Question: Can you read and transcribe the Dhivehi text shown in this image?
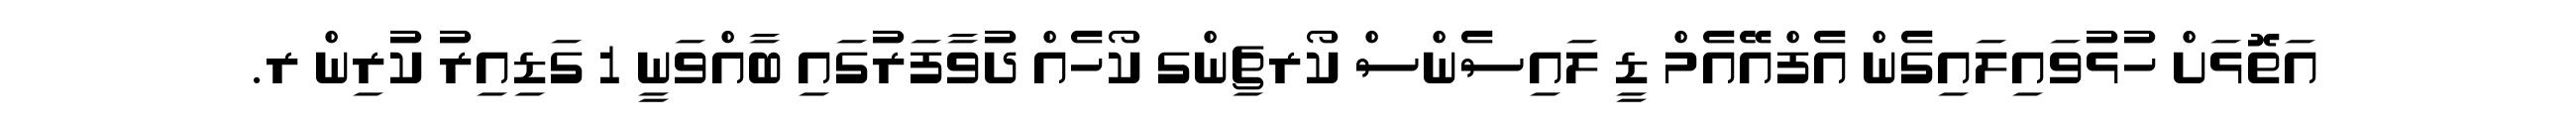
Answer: އަތޮޅަށް ހުޅުވައިލައިގެން އެފްއޭއެމް ޑީ ލައިސެންސް ކޯރޗިންގ ކޯހެއް ދުވާފަރުގައި ބާއްވަނީ 1 ގަޑިއިރު ކުރިން ރ.